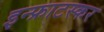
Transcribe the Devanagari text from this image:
इन्फ्राटस्कर